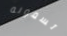
تسمونه